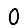
Digit: 0